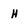
Character: H